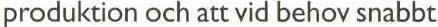
produktion och att vid behov snabbt